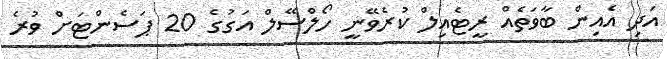
އަދި އެއިން ބާވަތެއް ރީޓެއިލް ކުރެވޭނީ ހޯލްސޭލް އަގުގެ 20 ޕަސެންޓަށް ވުރެ